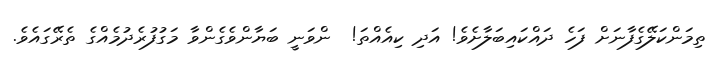
ތިމަންކަލޭގެފާނަށް ފަހެ ދައްކައިބަލާށެވެ! އަދި ކިއެއްތަ!  ންވަނީ ބަޔާންވެގެންވާ މަގުފުރެދުމެއްގެ ތެރޭގައެވެ.